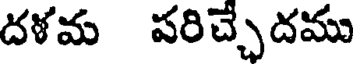
దళమ పరిచ్చదము